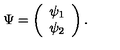
\Psi = \left( \begin{array} { c } { \psi _ { 1 } } \\ { \psi _ { 2 } } \\ \end{array} \right) .